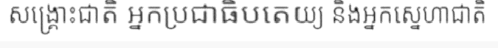
សង្គ្រោះជាតិ អ្នកប្រជាធិបតេយ្យ និងអ្នកស្នេហាជាតិ